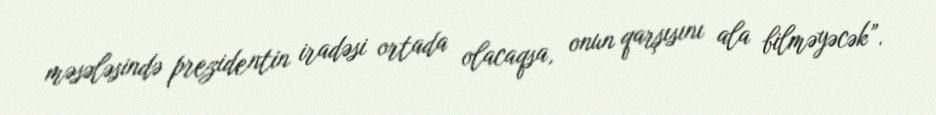
məsələsində prezidentin iradəsi ortada olacaqsa, onun qarşısını ala bilməyəcək”.